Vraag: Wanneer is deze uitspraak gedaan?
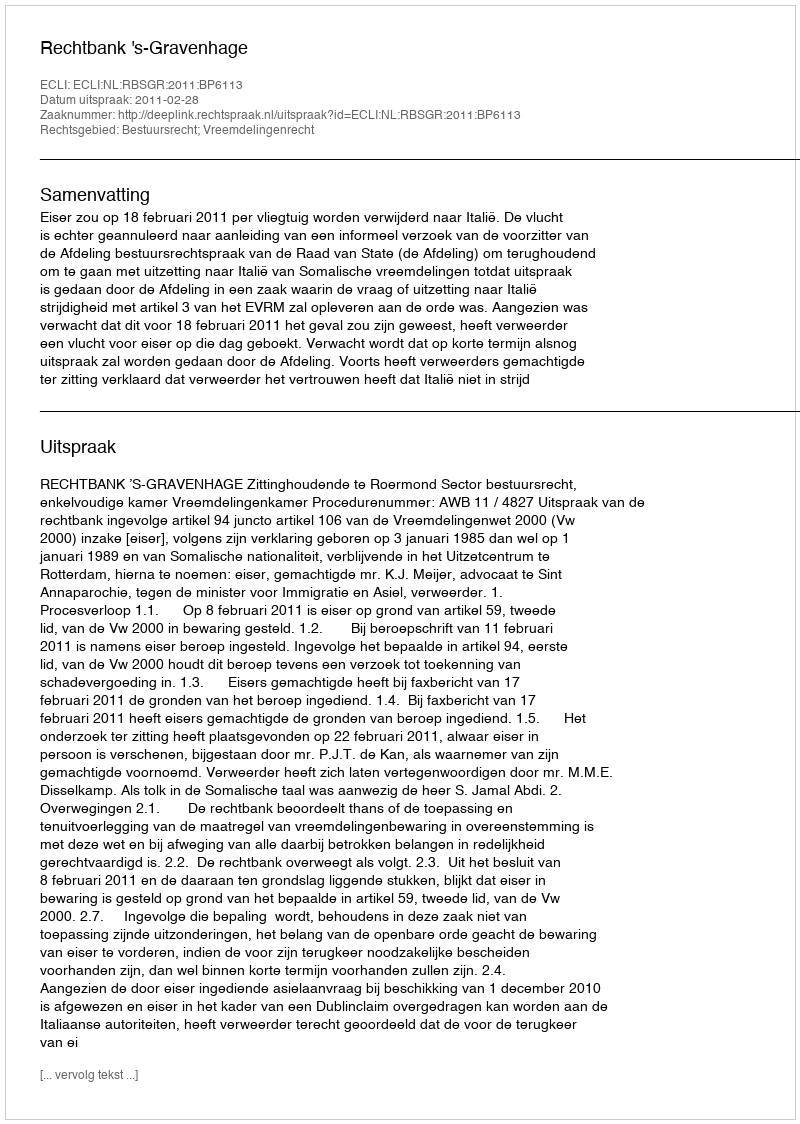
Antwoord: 2011-02-28